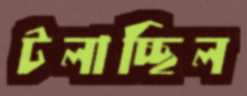
টলাচ্ছিল